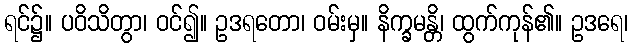
ရင်၌။ ပဝိသိတွာ၊ ဝင်၍။ ဥဒရတော၊ ဝမ်းမှ။ နိက္ခမန္တိ၊ ထွက်ကုန်၏။ ဥဒရေ၊